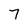
Character: 7